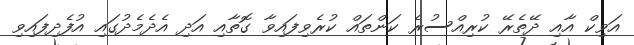
އަވިކް އާއި ދޭތެރޭ ކުރިއްސުރެ ކަންތައް ކުރެވިފައިވާ ގޮތާއި އަދި އެދެމެދުގައި އުފެދިފައިވި